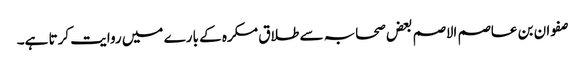
صفوان بن عاصم الاصم بعض صحابہ سے طلاق مکرہ کے بارے میں روایت کرتا ہے۔